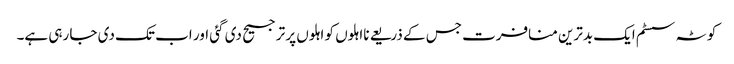
کوٹہ سسٹم ایک بدترین منافرت جس کے ذریعے نااہلوں کو اہلوں پر ترجیح دی گئی اور اب تک دی جا رہی ہے۔